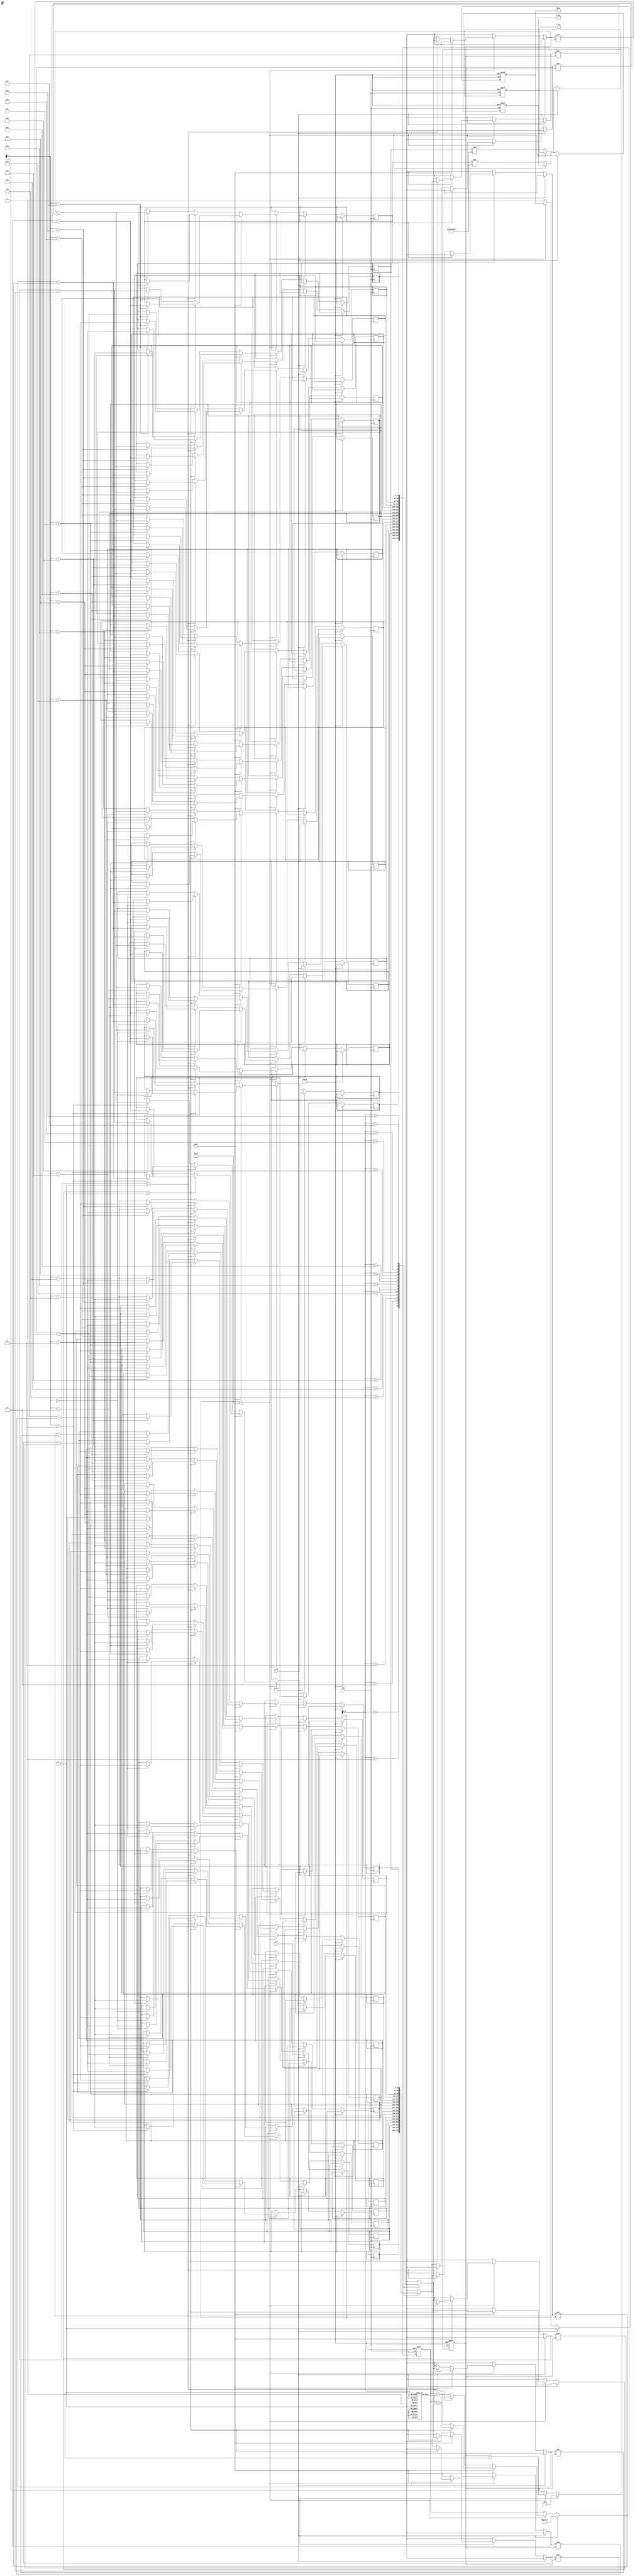
module cordic_fp (
    input wire clk,
    input wire reset,
    input wire start,
    input wire [31:0] x_in, // IEEE 754 floating-point input X
    input wire [31:0] y_in, // IEEE 754 floating-point input Y
    input wire [31:0] angle_in, // Angle in radians (IEEE 754)
    input wire mode, // 0 for rotation, 1 for vectoring
    output reg [31:0] x_out, // Output X
    output reg [31:0] y_out, // Output Y
    output reg done // Operation complete
);

    // CORDIC parameters
    parameter NUM_ITERATIONS = 16; // Number of iterations
    reg [31:0] x [0:NUM_ITERATIONS-1];
    reg [31:0] y [0:NUM_ITERATIONS-1];
    reg [31:0] angle [0:NUM_ITERATIONS-1];
    reg [31:0] z; // Angle accumulator
    reg [4:0] iter; // Iteration counter
    reg [31:0] K; // Scaling factor (precomputed)

    // Precomputed arctangent values (in radians)
    initial begin
        angle[0] = 32'h3F000000; // atan(2^0)
        angle[1] = 32'h3E200000; // atan(2^-1)
        angle[2] = 32'h3E000000; // atan(2^-2)
        angle[3] = 32'h3D800000; // atan(2^-3)
        angle[4] = 32'h3D000000; // atan(2^-4)
        angle[5] = 32'h3C900000; // atan(2^-5)
        angle[6] = 32'h3C400000; // atan(2^-6)
        angle[7] = 32'h3BC00000; // atan(2^-7)
        angle[8] = 32'h3B200000; // atan(2^-8)
        angle[9] = 32'h3A800000; // atan(2^-9)
        angle[10] = 32'h3A000000; // atan(2^-10)
        angle[11] = 32'h39000000; // atan(2^-11)
        angle[12] = 32'h38400000; // atan(2^-12)
        angle[13] = 32'h37800000; // atan(2^-13)
        angle[14] = 32'h36C00000; // atan(2^-14)
        angle[15] = 32'h36000000; // atan(2^-15)
    end

    // Scaling factor (K = 1/sqrt(1 + 2^-2n))
    initial begin
        K = 32'h3F1A36B8; // Example scaling factor for 16 iterations
    end

    // CORDIC iterative engine
    always @(posedge clk or posedge reset) begin
        if (reset) begin
            iter <= 0;
            x_out <= 0;
            y_out <= 0;
            z <= 0;
            done <= 0;
        end else if (start) begin
            x[0] <= x_in;
            y[0] <= y_in;
            z <= angle_in;
            iter <= 0;
            done <= 0;
        end else if (iter < NUM_ITERATIONS) begin
            // CORDIC rotation/vectoring
            if (mode == 0) begin // Rotation mode
                if (z < 0) begin
                    z <= z + angle[iter];
                    x[iter + 1] <= x[iter] + (y[iter] >> iter);
                    y[iter + 1] <= y[iter] - (x[iter] >> iter);
                end else begin
                    z <= z - angle[iter];
                    x[iter + 1] <= x[iter] - (y[iter] >> iter);
                    y[iter + 1] <= y[iter] + (x[iter] >> iter);
                end
            end else begin // Vectoring mode
                if (y[iter] < 0) begin
                    z <= z + angle[iter];
                    x[iter + 1] <= x[iter] + (y[iter] >> iter);
                    y[iter + 1] <= y[iter] - (x[iter] >> iter);
                end else begin
                    z <= z - angle[iter];
                    x[iter + 1] <= x[iter] - (y[iter] >> iter);
                    y[iter + 1] <= y[iter] + (x[iter] >> iter);
                end
            end
            iter <= iter + 1;
        end else begin
            // Final output
            x_out <= x[NUM_ITERATIONS - 1] * K; // Apply scaling
            y_out <= y[NUM_ITERATIONS - 1] * K; // Apply scaling
            done <= 1;
        end
    end
endmodule